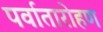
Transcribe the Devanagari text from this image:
पर्वातारोहण